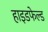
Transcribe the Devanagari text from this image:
हाइडफेल्ड